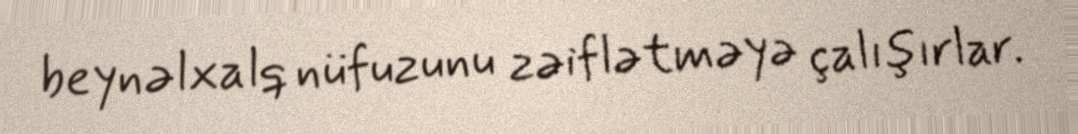
beynəlxalq nüfuzunu zəiflətməyə çalışırlar.